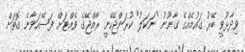
ވިދާޅުވީ ބޭރު ގައުމެއްގެ ގާނޫނު "ނަކަލު" ކުރަންޖެހޭނީ ރާއްޖޭގެ ވެއްޓަށް ފަސޭހަވާނެ ގޮތަށް